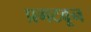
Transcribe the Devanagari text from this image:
प्रगटवून